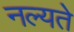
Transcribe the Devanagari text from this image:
नल्यते